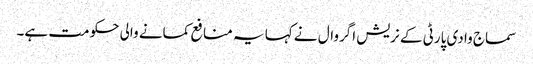
سماج وادی پارٹی کے نریش اگروال نے کہا یہ منافع کمانے والی حکومت ہے۔